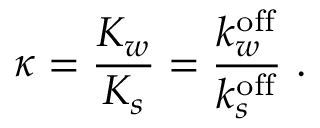
\kappa = \frac { K _ { w } } { K _ { s } } = \frac { k _ { w } ^ { \mathrm { o f f } } } { k _ { s } ^ { \mathrm { o f f } } } ~ .